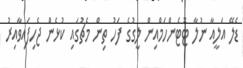
ޑެލޭ އަލީއާ ނުލާ ޓޮޓެންހަމްއިން ލީގުގެ ފަހު ތިން މެޗުގައި ކުޅެން ޖެހިފައިވާއިރު